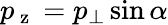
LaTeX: p_{\mathrm{~z~}}=p_{\bot}\sin{\alpha}